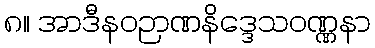
၈။ အာဒီနဝဉာဏနိဒ္ဒေသဝဏ္ဏနာ